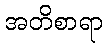
အတိစာရာ